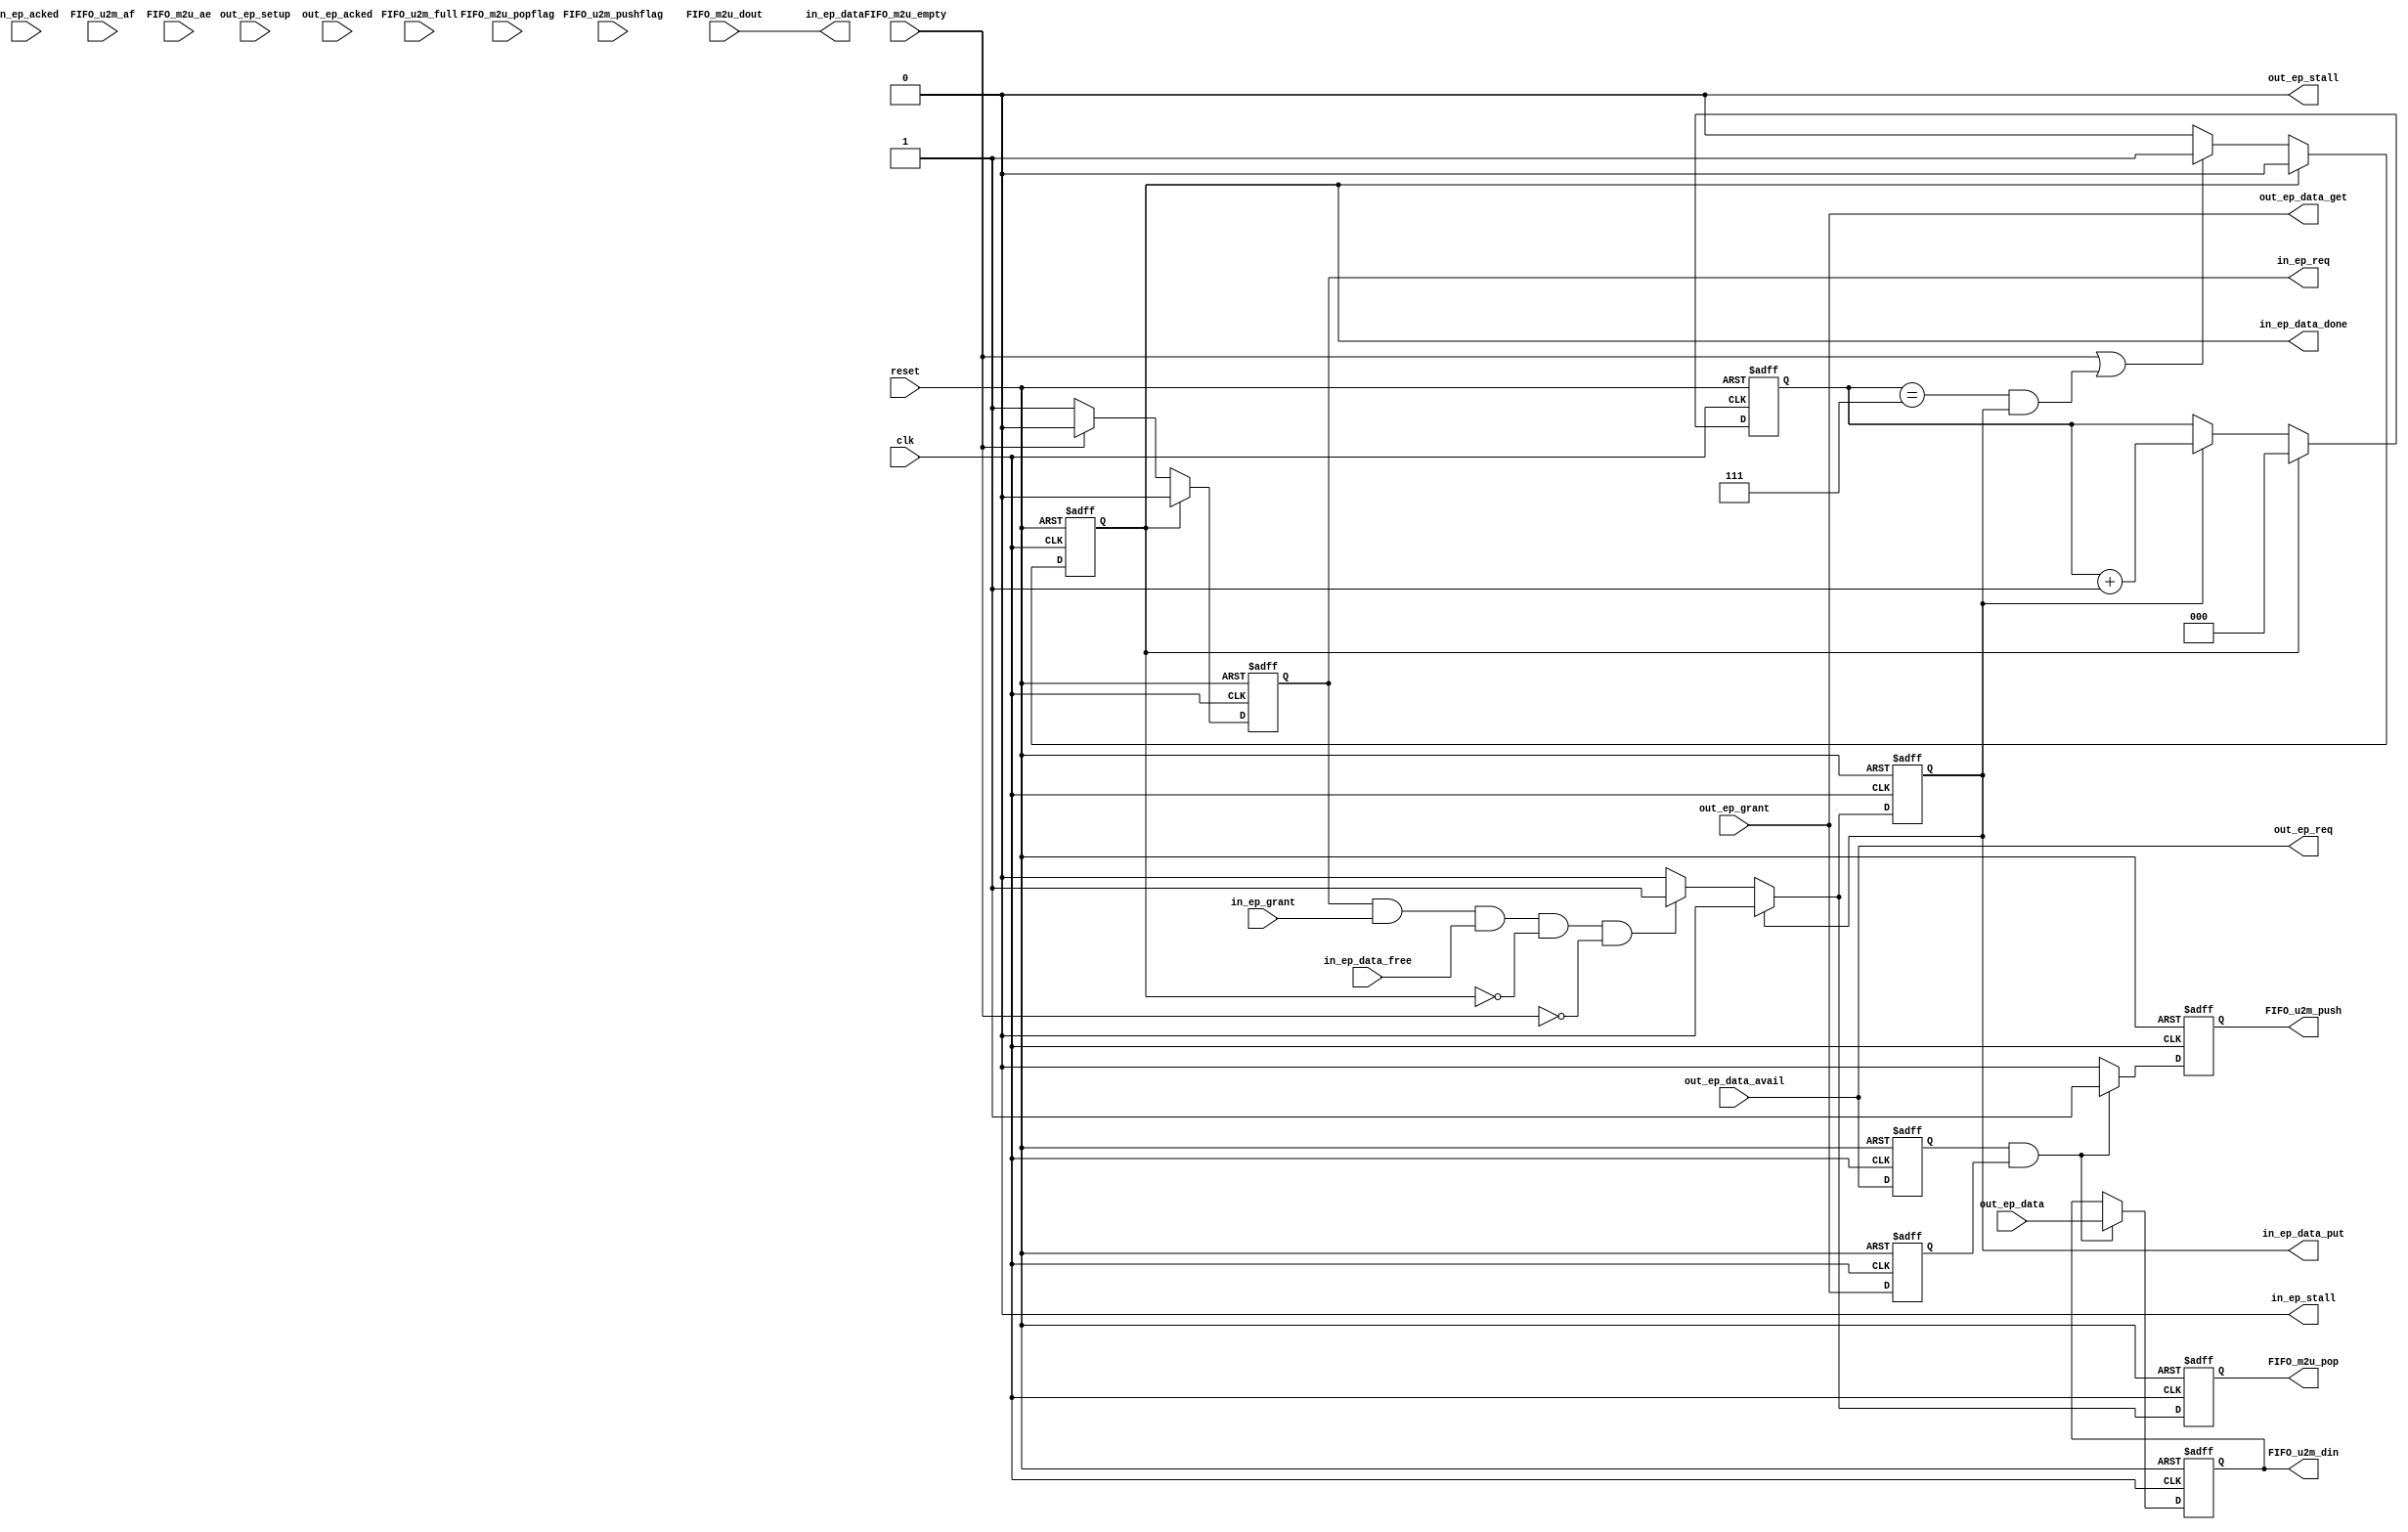
module usb_m4_bridge_ep (
  input         clk,
  input         reset,

  ////////////////////
  // out endpoint interface 
  ////////////////////
  output        out_ep_req,
  input         out_ep_grant,
  input         out_ep_data_avail,
  input         out_ep_setup,
  output        out_ep_data_get,
  input   [7:0] out_ep_data,
  output        out_ep_stall,
  input         out_ep_acked,

  ////////////////////
  // in endpoint interface 
  ////////////////////
  output reg    in_ep_req = 0,
  input         in_ep_grant,
  input         in_ep_data_free,
  output reg    in_ep_data_put = 0,
  output [7:0]  in_ep_data,
  output reg    in_ep_data_done = 0,
  output        in_ep_stall,
  input         in_ep_acked,


  output        FIFO_u2m_push         ,
  output [7:0]  FIFO_u2m_din          ,
  input         FIFO_u2m_af           ,
  input         FIFO_u2m_full         ,
  input  [3:0]  FIFO_u2m_pushflag     ,
  
  output        FIFO_m2u_pop          ,
  input  [7:0]  FIFO_m2u_dout         ,
  input         FIFO_m2u_ae           ,
  input         FIFO_m2u_empty        ,
  input  [3:0]  FIFO_m2u_popflag      

  ////////////////////
  // spi interface 
  ////////////////////
  //output reg spi_cs_b,
  //output reg spi_sck,
  //output spi_mosi,
  //input spi_miso,
);
  reg spi_cs_b;
  reg spi_sck;
  wire spi_mosi;
  wire spi_miso = 0;


  assign out_ep_stall = 1'b0;
  assign in_ep_stall = 1'b0;

  wire spi_byte_out_xfr_ready = out_ep_grant && out_ep_data_avail;
  wire spi_byte_in_xfr_ready = in_ep_grant && in_ep_data_free;

  reg [15:0] data_out_length = 0;
  reg [15:0] data_in_length = 0;

  reg [8:0] spi_out_data = 0;
  reg [8:0] spi_in_data;


  ////////////////////////////////////////////////////////////////////////////////
  // command sequencer
  ////////////////////////////////////////////////////////////////////////////////
  reg [3:0] cmd_state = 0;
  reg [3:0] cmd_state_next = 0;

  localparam CMD_IDLE = 0;
  localparam CMD_PRE = 1;
  localparam CMD_OP_BOOT = 2;

  //localparam CMD_OP_XFR = 3;
  localparam CMD_SAVE_DOL_LO = 3;
  localparam CMD_SAVE_DOL_HI = 4;
  localparam CMD_SAVE_DIL_LO = 5;
  localparam CMD_SAVE_DIL_HI = 6;
  localparam CMD_DO_OUT = 7;
  localparam CMD_DO_IN = 9;

  reg get_cmd_out_data = 0;
  reg get_cmd_out_data_q = 0;
  reg spi_has_more_in_bytes = 0;
  reg spi_has_more_out_bytes;
  reg spi_start_new_xfr = 0;


  ////////////////////////////////////////////////////////////////////////////////
  // spi protocol engine
  ////////////////////////////////////////////////////////////////////////////////
  reg [2:0] spi_state = 0;
  reg [2:0] spi_state_next = 0;
  
  localparam SPI_IDLE = 0;
  localparam SPI_START = 1;
  localparam SPI_SEND_BIT = 2;
  localparam SPI_GET_BIT = 3;
  localparam SPI_END = 4;

  reg spi_send_bit;
  reg spi_get_bit;
  reg get_spi_out_data = 0;
  reg put_spi_in_data = 0;
  reg reset_spi_bit_counter;
  reg update_spi_byte_counters = 0;

  reg [3:0] spi_bit_counter = 0;

  reg spi_put_last_in_byte = 0;
  ////////////////////////////////////////////////////////////////////////////////
  // other glue logic
  ////////////////////////////////////////////////////////////////////////////////
  assign out_ep_req = out_ep_data_avail;
  //assign out_ep_data_get = (get_spi_out_data || get_cmd_out_data) && out_ep_grant; 
  assign out_ep_data_get = out_ep_grant; 
  
  reg in_ep_req_i = 0;
  always @(posedge clk) in_ep_req_i <= (spi_has_more_in_bytes || spi_put_last_in_byte) && in_ep_data_free;
  //always @(posedge clk) in_ep_req <= in_ep_req_i;
  //always @(posedge clk) in_ep_data_put <= put_spi_in_data;
  //assign in_ep_data = spi_in_data[7:0];

  assign spi_mosi = spi_out_data[8];

  wire spi_byte_done = spi_bit_counter == 4'h7;

  reg in_ep_data_done_i = 0;
  reg in_ep_data_done_q = 0;
  always @(posedge clk) in_ep_data_done_q <= in_ep_data_done_i;
  //always @(posedge clk) in_ep_data_done <= in_ep_data_done_q;

  wire out_data_ready = out_ep_grant && out_ep_data_avail; 
  reg out_data_valid = 0;
  always @(posedge clk) out_data_valid <= out_data_ready;

  reg spi_dir_transition = 0;


  reg           FIFO_m2u_pop_reg;
  reg [2:0]     in_ep_byte_cnt;


  ////////////////////////////////////////////////////////////////////////////////
  // command sequencer
  ////////////////////////////////////////////////////////////////////////////////
  always @* begin
    get_cmd_out_data <= 1'b0;
    spi_put_last_in_byte <= 1'b0;
    spi_has_more_in_bytes <= 1'b0;
    spi_dir_transition <= 1'b0;
    spi_has_more_out_bytes <= 1'b0;
    in_ep_data_done_i <= 1'b0;
    spi_start_new_xfr <= 1'b0;

    case (cmd_state)
      CMD_IDLE : begin
        get_cmd_out_data <= out_data_ready;
        if (out_data_valid && out_ep_data == 8'h0) begin            // special reserved pid = 0x00 ?
          cmd_state_next <= CMD_OP_BOOT;

        end else if (out_data_valid && out_ep_data == 8'h1) begin   // token out pid = 0x01 ?
          cmd_state_next <= CMD_SAVE_DOL_LO;    
  
        end else begin
          cmd_state_next <= CMD_IDLE;
        end
      end

      CMD_OP_BOOT : begin
        cmd_state_next <= CMD_OP_BOOT;
      end

      CMD_SAVE_DOL_LO : begin
        get_cmd_out_data <= out_data_ready;
        if (out_data_valid) begin   
          cmd_state_next <= CMD_SAVE_DOL_HI;     
  
        end else begin
          cmd_state_next <= CMD_SAVE_DOL_LO;
        end
      end

      CMD_SAVE_DOL_HI : begin
        get_cmd_out_data <= out_data_ready;
        if (out_data_valid) begin   
          cmd_state_next <= CMD_SAVE_DIL_LO;     
  
        end else begin
          cmd_state_next <= CMD_SAVE_DOL_HI;
        end
      end

      CMD_SAVE_DIL_LO : begin
        get_cmd_out_data <= out_data_ready;
        if (out_data_valid) begin   
          cmd_state_next <= CMD_SAVE_DIL_HI;     
  
        end else begin
          cmd_state_next <= CMD_SAVE_DIL_LO;
        end
      end

      
      CMD_SAVE_DIL_HI : begin
        if (out_data_valid) begin   
          cmd_state_next <= CMD_DO_OUT; 
          spi_start_new_xfr <= 1'b1;
  
        end else begin
          get_cmd_out_data <= out_data_ready;
          cmd_state_next <= CMD_SAVE_DIL_HI;
        end
      end
      

      CMD_DO_OUT : begin
        if (data_out_length == 16'h0) begin
          if (data_in_length == 16'h0) begin
            cmd_state_next <= CMD_IDLE;
          end else begin
            cmd_state_next <= CMD_DO_IN;
            spi_dir_transition <= 1'b1;
          end

        end else begin
          cmd_state_next <= CMD_DO_OUT;
          spi_has_more_out_bytes <= 1'b1;
        end
      end

      CMD_DO_IN : begin
        if (data_in_length == 0) begin
          cmd_state_next <= CMD_IDLE;
          spi_put_last_in_byte <= 1'b1;
          in_ep_data_done_i <= 1'b1;

        end else begin
          cmd_state_next <= CMD_DO_IN;
          spi_has_more_in_bytes <= 1'b1;
        end
      end

      default begin
        cmd_state_next <= CMD_IDLE;
      end
    endcase
  end

  always @(posedge clk) begin
    cmd_state <= cmd_state_next;
    get_cmd_out_data_q <= get_cmd_out_data;
    
    if (get_cmd_out_data_q) begin
      case (cmd_state)
        CMD_SAVE_DOL_LO : data_out_length[7:0] <= out_ep_data;
        CMD_SAVE_DOL_HI : data_out_length[15:8] <= out_ep_data;
        CMD_SAVE_DIL_LO : data_in_length[7:0] <= out_ep_data;
        CMD_SAVE_DIL_HI : data_in_length[15:8] <= out_ep_data;
      endcase
    end

    if (update_spi_byte_counters) begin
      case (cmd_state)
        CMD_DO_OUT : data_out_length <= data_out_length - 16'h1;
        CMD_DO_IN : data_in_length <= data_in_length - 16'h1;
      endcase
    end

  end

  ////////////////////////////////////////////////////////////////////////////////
  // spi protocol engine
  ////////////////////////////////////////////////////////////////////////////////
  always @* begin
    spi_send_bit <= 1'b0;
    spi_get_bit <= 1'b0;
    get_spi_out_data <= 1'b0;
    put_spi_in_data <= 1'b0;
    reset_spi_bit_counter <= 1'b0;
    update_spi_byte_counters <= 1'b0;

    case (spi_state)
      SPI_IDLE : begin
        spi_cs_b <= 1'b1;
        spi_sck <= 1'b1;

        if (spi_start_new_xfr) begin
          spi_state_next <= SPI_END;
          reset_spi_bit_counter <= 1'b1;

        end else begin
          spi_state_next <= SPI_IDLE;
        end
      end

      SPI_START : begin
        spi_cs_b <= 1'b0;
        spi_sck <= 1'b1;

        if (spi_has_more_out_bytes) begin
          get_spi_out_data <= 1'b1;
          spi_state_next <= SPI_SEND_BIT;
          
        end else if (spi_has_more_in_bytes || spi_dir_transition) begin
          spi_state_next <= SPI_SEND_BIT;

        end else begin
          spi_state_next <= SPI_START;
        end
      end

      SPI_SEND_BIT : begin
        spi_cs_b <= 1'b0;
        spi_sck <= 1'b1;
        spi_send_bit <= 1'b1;

        spi_state_next <= SPI_GET_BIT;
      end


      SPI_GET_BIT : begin
        spi_cs_b <= 1'b0;
        spi_sck <= 1'b0;
        spi_get_bit <= 1'b1;

        if (spi_byte_done) begin
          update_spi_byte_counters <= 1'b1;
          spi_state_next <= SPI_END;

        end else begin
          spi_state_next <= SPI_SEND_BIT;
        end
      end

      SPI_END : begin
        spi_cs_b <= 1'b0;
        spi_sck <= 1'b1;
        reset_spi_bit_counter <= 1'b1;

        if (spi_has_more_out_bytes) begin
          if (spi_byte_out_xfr_ready) begin
	    spi_state_next <= SPI_START;
          end else begin
	    spi_state_next <= SPI_END;
          end

        end else if (spi_dir_transition) begin
          spi_state_next <= SPI_START;

        end else if (spi_has_more_in_bytes) begin
          if (spi_byte_in_xfr_ready) begin
            put_spi_in_data <= 1'b1;
            spi_state_next <= SPI_START;
          end else begin
            spi_state_next <= SPI_END;
          end

        end else if (spi_put_last_in_byte) begin
          if (spi_byte_in_xfr_ready) begin
            put_spi_in_data <= 1'b1;
            spi_state_next <= SPI_IDLE;
          end else begin
            spi_state_next <= SPI_END;
          end

        end else begin
          spi_state_next <= SPI_IDLE;
        end
      end

      default begin
        spi_cs_b <= 1'b1;
        spi_sck <= 1'b1;
        spi_state_next <= SPI_IDLE;
      end
    endcase    
  end

  reg get_spi_out_data_q = 0;
  always @(posedge clk) get_spi_out_data_q <= get_spi_out_data;

  reg spi_get_bit_q = 0;
  always @(posedge clk) spi_get_bit_q <= spi_get_bit;
  always @(posedge clk) begin
    spi_state <= spi_state_next;

    if (spi_get_bit_q) begin
      spi_in_data <= {spi_in_data[7:0], spi_miso};
      spi_bit_counter <= spi_bit_counter + 4'h1;
    end
    
    if (reset_spi_bit_counter) begin
      spi_bit_counter <= 4'h0;
    end

    if (spi_send_bit) begin
      if (get_spi_out_data_q) begin
        spi_out_data <= {out_ep_data[7:0], 1'b0};
      end else begin
        spi_out_data <= {spi_out_data[7:0], 1'b0};
      end
    end else if (get_spi_out_data_q) begin
      spi_out_data <= out_ep_data;
    end
  end 


// u2m, usb out control
reg         out_ep_data_avail_r1;
reg         out_ep_data_get_r1;
reg [7:0]   usb_out_data_reg;
reg         FIFO_out_we;

always @(posedge reset or posedge clk)
    if (reset) begin
        usb_out_data_reg <= 0;
        out_ep_data_avail_r1 <= 0;
        out_ep_data_get_r1 <= 0;
        FIFO_out_we <= 0;
    end else begin
        out_ep_data_avail_r1 <= out_ep_data_avail;
        out_ep_data_get_r1 <= out_ep_data_get;
        if (out_ep_data_avail_r1 && out_ep_data_get_r1) begin
            usb_out_data_reg <= out_ep_data;
            FIFO_out_we <= 1;
        end else begin
            usb_out_data_reg <= usb_out_data_reg;
            FIFO_out_we <= 0;
        end
    end

assign FIFO_u2m_push = FIFO_out_we;
assign FIFO_u2m_din = usb_out_data_reg;


// m2u, usb in control
always @(posedge reset or posedge clk)
    if (reset) begin
        in_ep_req <= 0;
        in_ep_data_put <= 0;
        in_ep_data_done <= 0;
        FIFO_m2u_pop_reg <= 0;
        in_ep_byte_cnt <= 0;
    end else begin
        if (in_ep_data_done)
            in_ep_req <= 0;
        else if (!FIFO_m2u_empty)
            in_ep_req <= 1;
        else
            in_ep_req <= 0;

        if (in_ep_data_put) begin
            in_ep_data_put <= 0;
            FIFO_m2u_pop_reg <= 0;
        end
        else if (in_ep_req && in_ep_grant && in_ep_data_free && !in_ep_data_done && (!FIFO_m2u_empty)) begin
            in_ep_data_put <= 1;
            FIFO_m2u_pop_reg <= 1;
        end
        else begin
            in_ep_data_put <= 0;
            FIFO_m2u_pop_reg <= 0;
        end

        if (in_ep_data_done)
            in_ep_byte_cnt <= 0;
        else if (in_ep_data_put)
            in_ep_byte_cnt <= in_ep_byte_cnt + 1;
        else
            in_ep_byte_cnt <= in_ep_byte_cnt;

        if (in_ep_data_done)
            in_ep_data_done <= 0;
        //else if (in_ep_data_put)
        else if (FIFO_m2u_empty || (in_ep_byte_cnt==3'b111 && in_ep_data_put))
            in_ep_data_done <= 1;
        else
            in_ep_data_done <= 0;
    end

assign in_ep_data = FIFO_m2u_dout;
//assign in_ep_data = 8'h41;  // force "A"

//assign FIFO_m2u_pop = in_ep_data_done;
assign FIFO_m2u_pop = FIFO_m2u_pop_reg;

endmodule